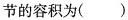
节的容积为()